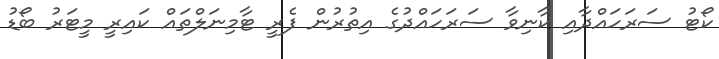
ކޯޓު ސަރަހައްދާއި ކާނިވާ ސަރަހައްދުގެ އިތުރުން ފެރީ ޓާމިނަލްތައް ކައިރީ މީޓަރު ބޯޑު